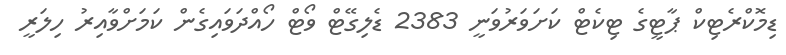
ޑިމޮކްރެޓިކް ޕާޓީގެ ޓިކެޓް ކަށަވަރުވަނީ 2383 ޑެލިގޭޓް ވޯޓް ހޯއްދަވައިގެން ކަމަށްވާއިރު ހިލަރީ